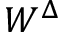
W ^ { \Delta }